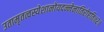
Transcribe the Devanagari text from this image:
उतामृतत्वस्येशानोयदन्नेनातिरोहति॥२॥